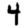
Digit: 4